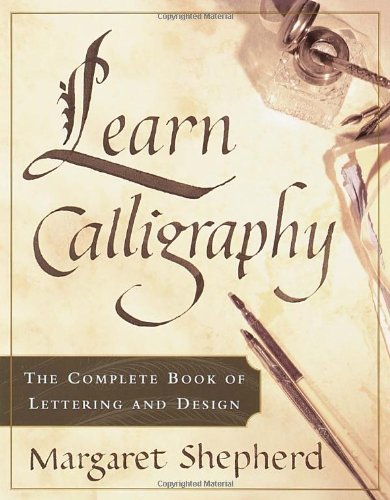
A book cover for Learn Calligraphy: The Complete Book of Lettering and Design; Margaret Shepherd; Arts & Photography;